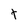
Character: t